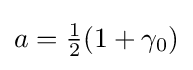
{\textstyle a={\tfrac {1}{2}}(1+\gamma _{0})}